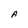
Character: A